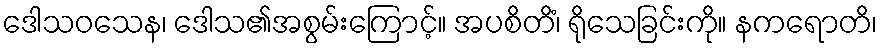
ဒေါသဝသေန၊ ဒေါသ၏အစွမ်းကြောင့်။ အပစိတိံ၊ ရိုသေခြင်းကို။ နကရောတိ၊